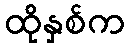
ထိုနှစ်က